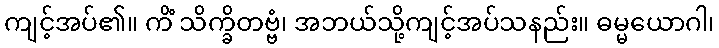
ကျင့်အပ်၏။ ကိံ သိက္ခိတဗ္ဗံ၊ အဘယ်သို့ကျင့်အပ်သနည်း။ ဓမ္မယောဂါ၊